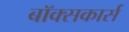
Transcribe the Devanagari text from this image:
बॉक्सकार्स